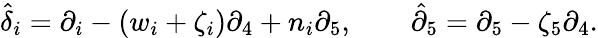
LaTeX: \hat{{\delta}}_{i}=\partial_{i}-(w_{i}+\zeta_{i})\partial_{4}+n_{i}\partial_{5},\qquad\hat{{\partial}}_{5}=\partial_{5}-\zeta_{5}\partial_{4}.